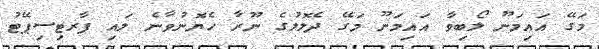
މަގޭ އައިމަނޫ ލޯބިވާ އައިމަނޫ މަގޭ ދެލޮލުގެ ނޫރާ ހެޔޮނުވާނެ ލައި ޕާރޓިސިޕޭޓު